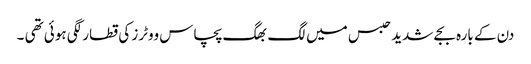
دن کے بارہ بجے شدید حبس میں لگ بھگ پچاس ووٹرز کی قطار لگی ہوئی تھی ۔